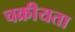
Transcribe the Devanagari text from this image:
चक्रीयता